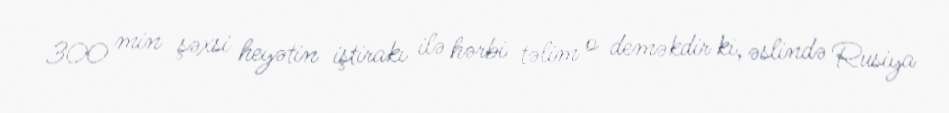
300 min şəxsi heyətin iştirakı ilə hərbi təlim o deməkdir ki, əslində Rusiya